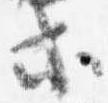
等